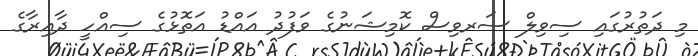
މި ދަތުރުގައި ސިވިލް ސަރވިސް ކޮމިޝަނުގެ ވަފުދު އައްޑު އަތޮޅުގެ ސިއްހީ ދާއިރާގެ